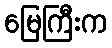
မြေကြီးက